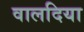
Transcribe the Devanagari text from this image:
वालदिया